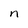
Character: n